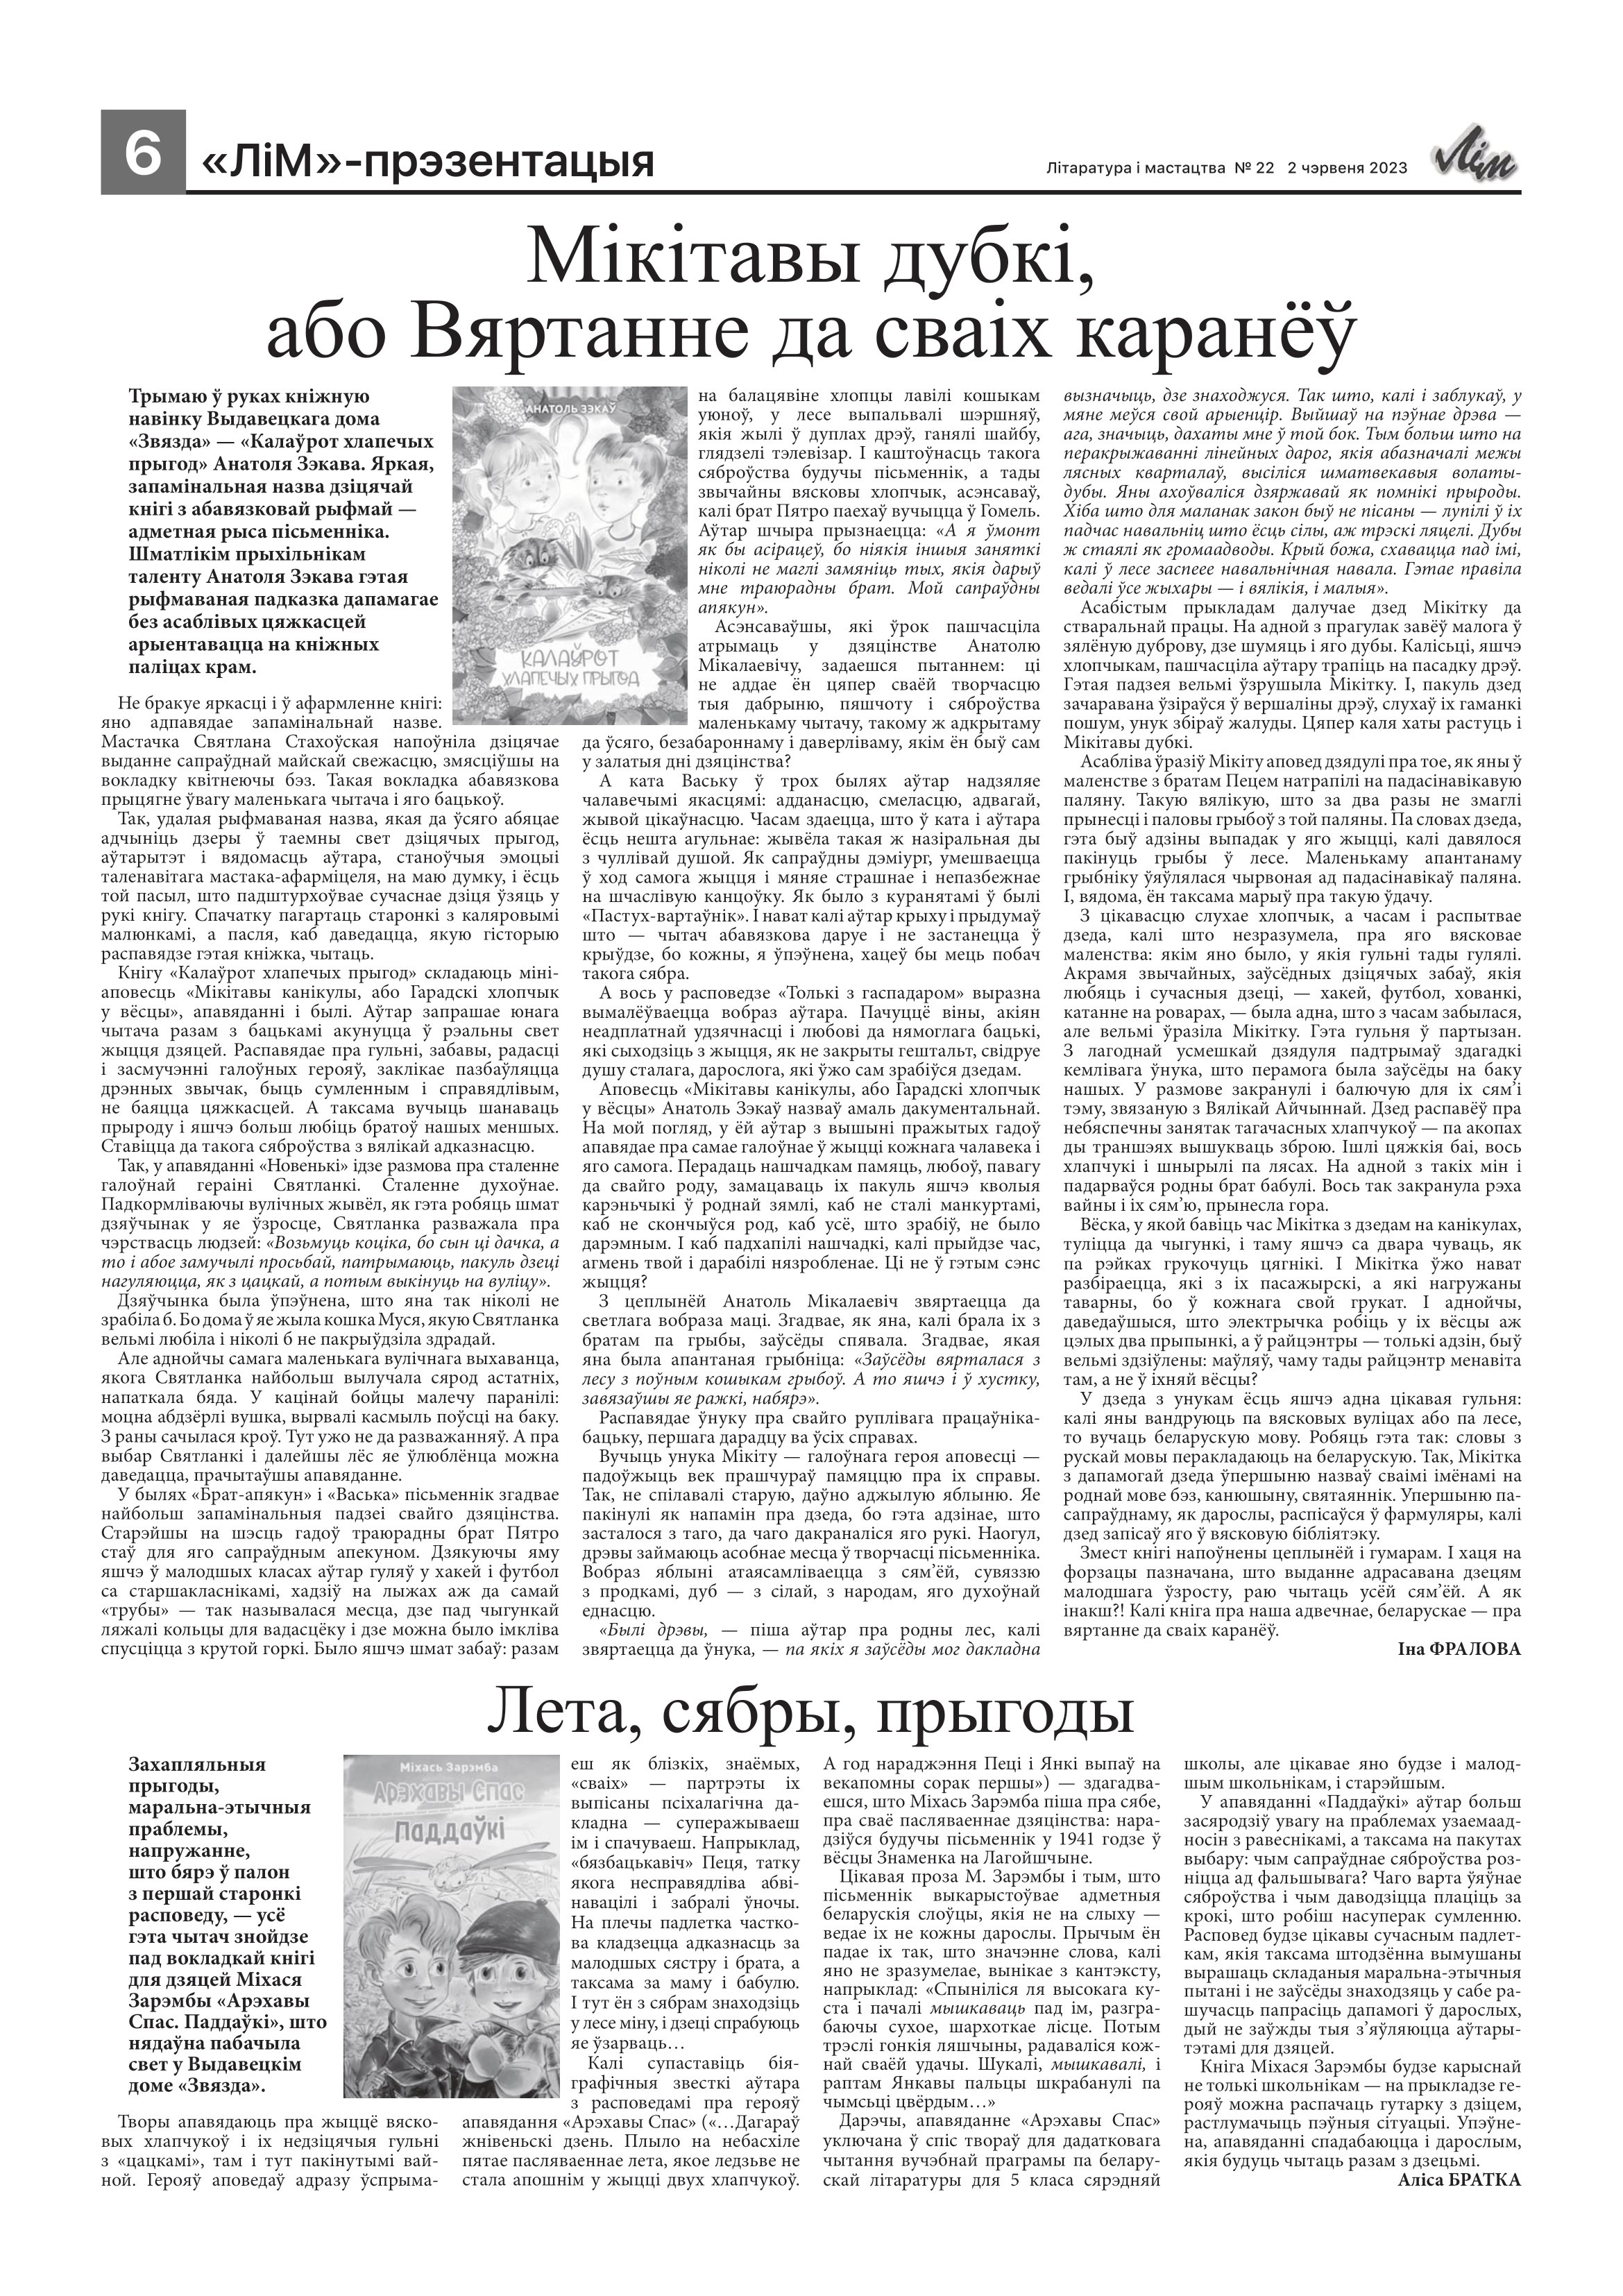
Language: be